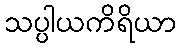
သပ္ပါယကိရိယာ